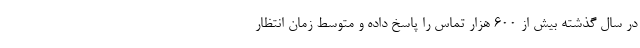
در سال گذشته بیش از ۶۰۰ هزار تماس را پاسخ داده و متوسط زمان انتظار